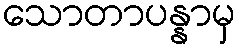
သောတာပန္နာမှ